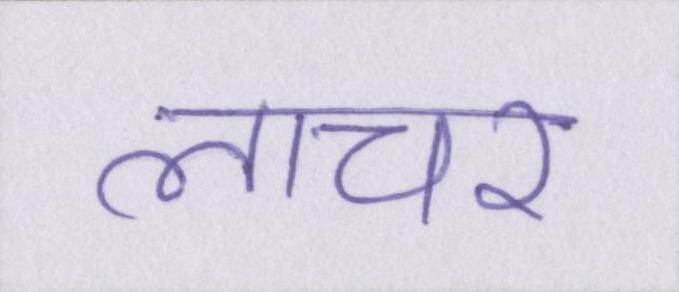
लाचर